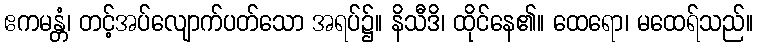
ဧကမန္တံ၊ တင့်အပ်လျောက်ပတ်သော အရပ်၌။ နိသီဒိ၊ ထိုင်နေ၏။ ထေရော၊ မထေရ်သည်။